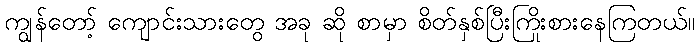
ကျွန်တော့် ကျောင်းသားတွေ အခု ဆို စာမှာ စိတ်နှစ်ပြီးကြိုးစားနေကြတယ်။